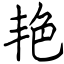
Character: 艳